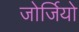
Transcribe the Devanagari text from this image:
जोर्जियो